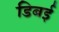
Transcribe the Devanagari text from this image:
डिबई